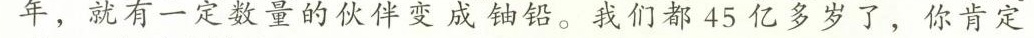
年，就有一定数量的伙伴变成 铀铅我们都45亿多岁了，你肯定